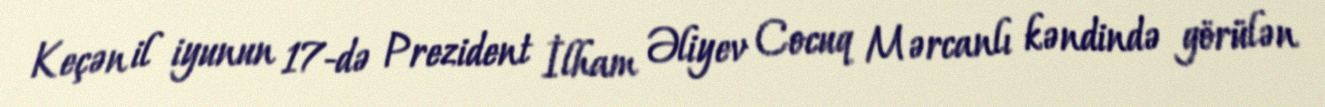
Keçən il iyunun 17-də Prezident İlham Əliyev Cocuq Mərcanlı kəndində görülən